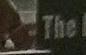
the